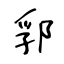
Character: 郛